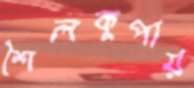
শৈলকুপায়